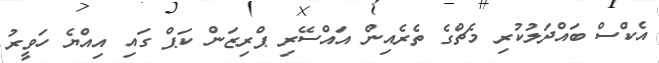
އެކްސް ބައްދަލުކުރި މެޗްގެ ތެރެއިން އައްސޭރި ޕްރިޒަން ކަޕް ގައި އިއްޔެ ހަވީރު